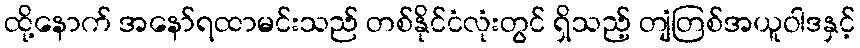
ထို့နောက် အနော်ရထာမင်းသည် တစ်နိုင်ငံလုံးတွင် ရှိသည့် တျံတြစ်အယူဝါဒနှင့်